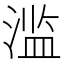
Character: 滥